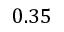
0 . 3 5